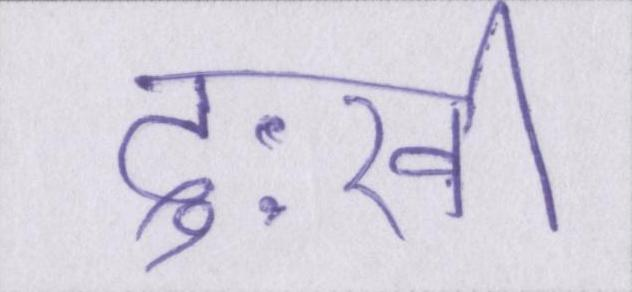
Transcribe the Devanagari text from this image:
दुःखी